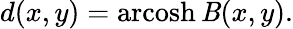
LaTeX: d(x,y)=\operatorname{arcosh}\mathit{B}(x,y).